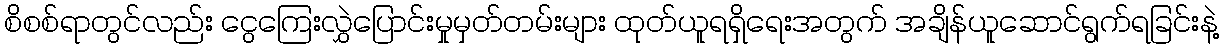
စိစစ်ရာတွင်လည်း ငွေကြေးလွှဲပြောင်းမှုမှတ်တမ်းများ ထုတ်ယူရရှိရေးအတွက် အချိန်ယူဆောင်ရွက်ရခြင်းနဲ့